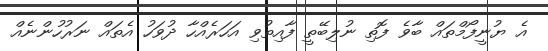
އެ ޔުނީފޯމްތައް ބާވެ ފޮތި ނުލިބޭތީ ފާއިތުވި އަހަރެއްހާ ދުވަހު އެތައް ނަރުހުންނެއް